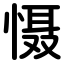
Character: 慑